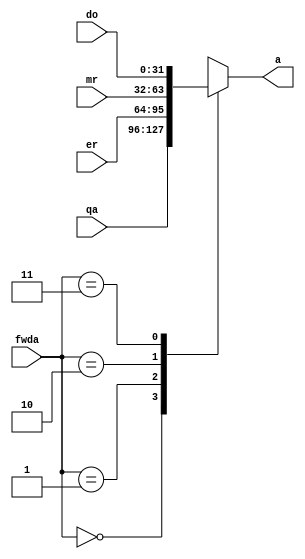
`timescale 1ns / 1ps
//////////////////////////////////////////////////////////////////////////////////
// Company: 
// Engineer: 
// 
// Design Name: 
// Module Name: a_mux
// Project Name: 
// Target Devices: 
// Tool Versions: 
// Description: 
// 
// Dependencies: 
// 
// Revision:
// Revision 0.01 - File Created
// Additional Comments:
// 
//////////////////////////////////////////////////////////////////////////////////


module a_mux(
    input [1:0] fwda,
    input [31:0] qa,
    input [31:0] er,
    input [31:0] mr,
    input [31:0] do,
    output reg [31:0] a
    );
    always @(*) begin 
        case(fwda) 
            2'b00: a <= qa;
            2'b01: a <= er;
            2'b10: a <= mr;
            2'b11: a <= do;
        endcase
    end
endmodule